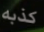
كذبه